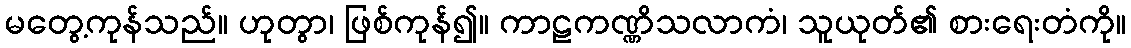
မတွေ့ကုန်သည်။ ဟုတွာ၊ ဖြစ်ကုန်၍။ ကာဠကဏ္ဏိသလာကံ၊ သူယုတ်၏ စားရေးတံကို။